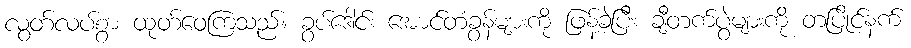
လွတ်လပ်စွာ ထုတ်ဝေကြသည်။ ခွပ်ဒေါင်း အောင်တံခွန်များကို ဖြန့်ခဲ့ပြီး ချီတက်ပွဲများကို တပြိုင်နက်